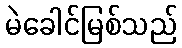
မဲခေါင်မြစ်သည်